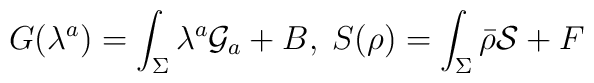
G(\lambda^a)   = \int_\Sigma \lambda^a {\cal G}_a + B , \; S(\rho) = \int_\Sigma \bar \rho {\cal S} + F